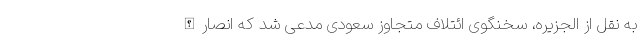
به نقل از الجزیره، سخنگوی ائتلاف متجاوز سعودی مدعی شد که انصارالله